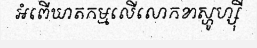
អំពើឃាតកម្មលើលោកខាស្ហូហ្ស៊ី